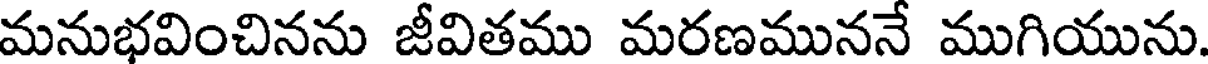
మనుభవించినను జీవితము మరణముననే ముగియును